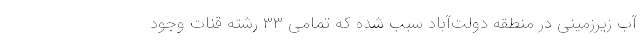
آب زیرزمینی در منطقه دولت‌آباد سبب شده که تمامی ۳۳ رشته قنات وجود